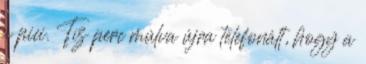
a pici. Tíz perc múlva újra telefonált, hogy a